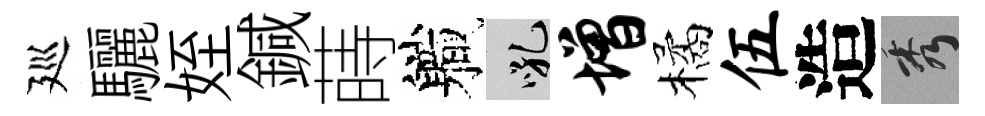
廵驪姪鍼蒔軄吼增橘伍造秀